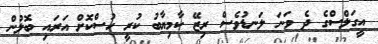
އީގަލްސްގެ ދެ ވަނަ ލަނޑުވެސް ރިޒޭ ކާމިޔާބު ކުރީ ހުސްކޮށް އަރައި ބޮލުން